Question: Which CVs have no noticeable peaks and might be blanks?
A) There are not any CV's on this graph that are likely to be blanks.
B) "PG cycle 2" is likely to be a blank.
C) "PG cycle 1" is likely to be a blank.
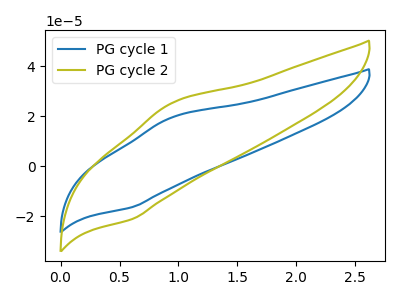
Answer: <think>The blue curve "PG cycle 1" has an anodic peak at (0.95V, 19.50uA) and a cathodic peak at (0.60V, -16.25uA). The olive curve "PG cycle 2" has an anodic peak at (0.95V, 25.25uA) and a cathodic peak at (0.60V, -21.00uA).</think>
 <answer>A) There are not any CV's on this graph that are likely to be blanks.</answer>
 <eval>A</eval>